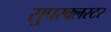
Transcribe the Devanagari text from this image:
सुपरक्‍लस्टर